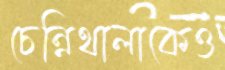
চেন্নিথালাকেও